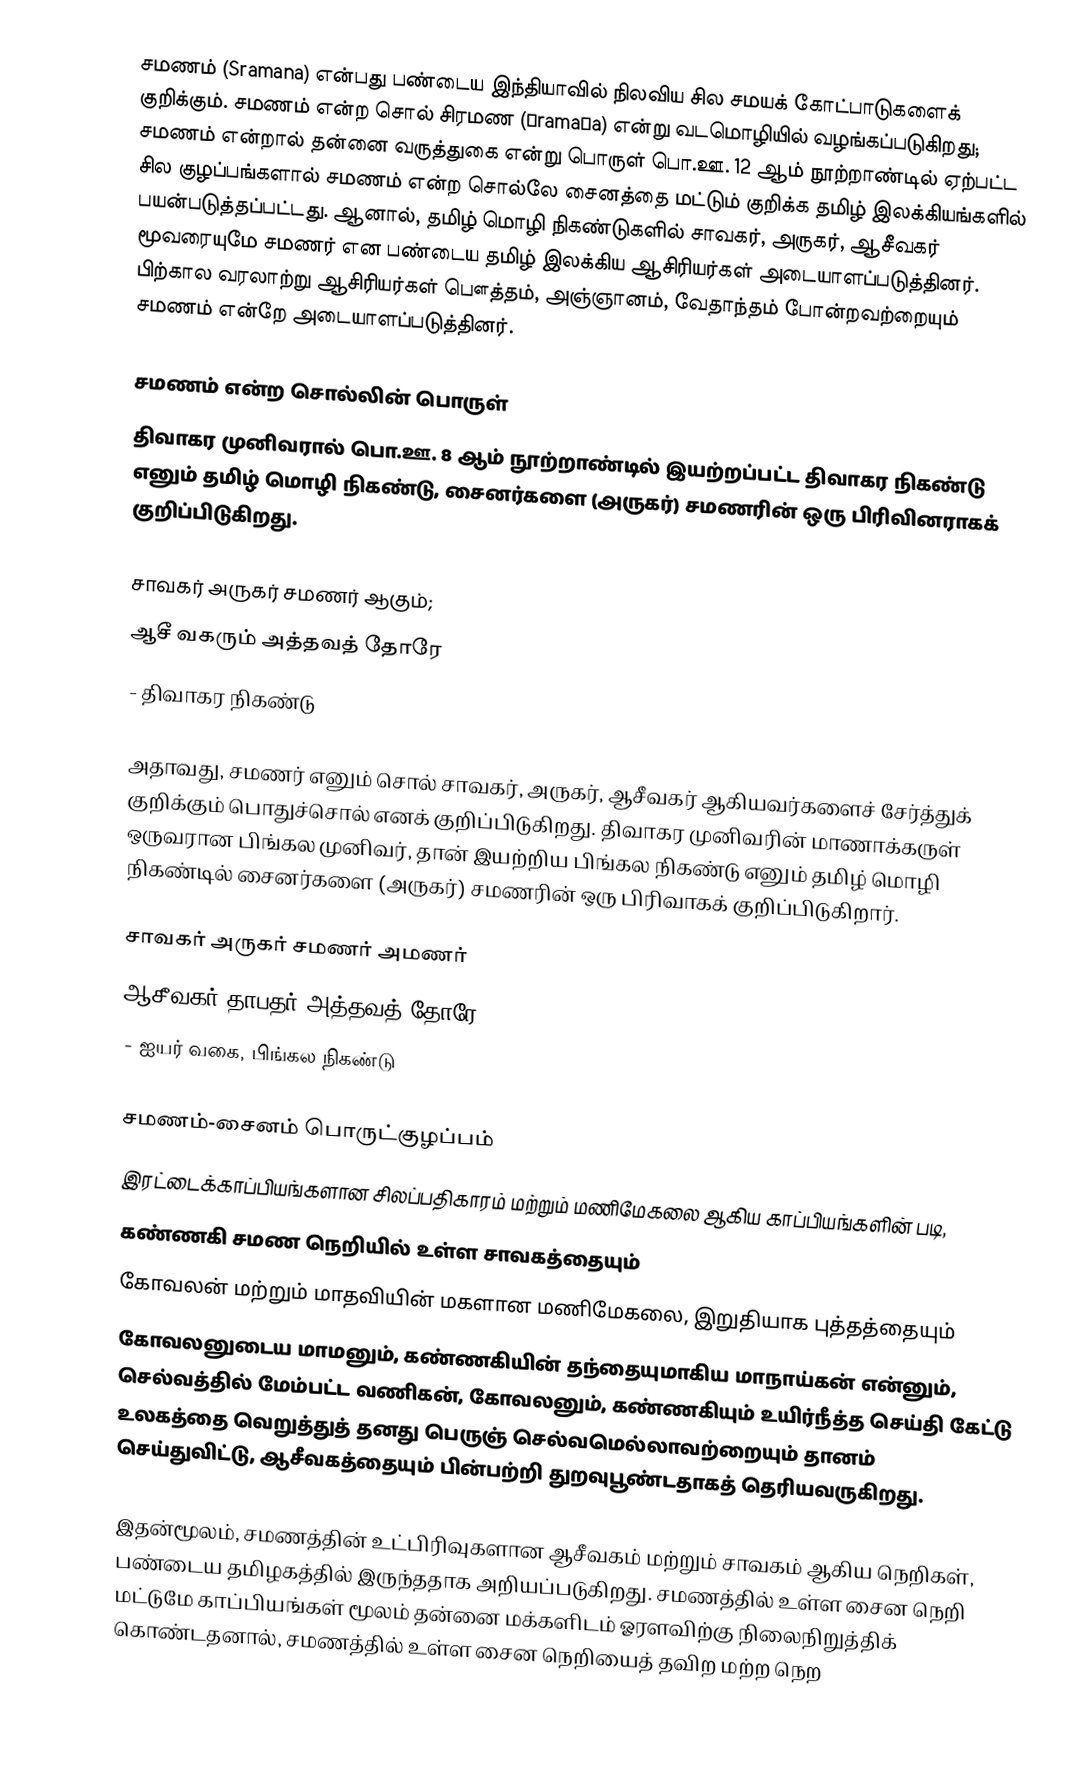
சமணம் (Sramana) என்பது பண்டைய இந்தியாவில் நிலவிய சில சமயக் கோட்பாடுகளைக் குறிக்கும். சமணம் என்ற சொல் சிரமண (śramaṇa) என்று வடமொழியில் வழங்கப்படுகிறது; சமணம் என்றால் தன்னை வருத்துகை என்று பொருள் பொ.ஊ. 12 ஆம் நூற்றாண்டில் ஏற்பட்ட சில குழப்பங்களால் சமணம் என்ற சொல்லே சைனத்தை மட்டும் குறிக்க தமிழ் இலக்கியங்களில் பயன்படுத்தப்பட்டது. ஆனால், தமிழ் மொழி நிகண்டுகளில் சாவகர், அருகர், ஆசீவகர் மூவரையுமே சமணர் என பண்டைய தமிழ் இலக்கிய ஆசிரியர்கள் அடையாளப்படுத்தினர். பிற்கால வரலாற்று ஆசிரியர்கள் பௌத்தம், அஞ்ஞானம், வேதாந்தம் போன்றவற்றையும் சமணம் என்றே அடையாளப்படுத்தினர்.

சமணம் என்ற சொல்லின் பொருள்
திவாகர முனிவரால் பொ.ஊ. 8 ஆம் நூற்றாண்டில் இயற்றப்பட்ட திவாகர நிகண்டு எனும் தமிழ் மொழி நிகண்டு, சைனர்களை (அருகர்) சமணரின் ஒரு பிரிவினராகக் குறிப்பிடுகிறது.

      சாவகர் அருகர் சமணர் ஆகும்;
      ஆசீ வகரும் அத்தவத் தோரே
                             - திவாகர நிகண்டு

அதாவது, சமணர் எனும் சொல் சாவகர், அருகர், ஆசீவகர் ஆகியவர்களைச் சேர்த்துக் குறிக்கும் பொதுச்சொல் எனக் குறிப்பிடுகிறது. திவாகர முனிவரின் மாணாக்கருள் ஒருவரான பிங்கல முனிவர், தான் இயற்றிய பிங்கல நிகண்டு எனும் தமிழ் மொழி நிகண்டில் சைனர்களை (அருகர்) சமணரின் ஒரு பிரிவாகக் குறிப்பிடுகிறார்.

      சாவகர் அருகர் சமணர் அமணர்
      ஆசீவகர் தாபதர் அத்தவத் தோரே
                             - ஐயர் வகை, பிங்கல நிகண்டு

சமணம்-சைனம் பொருட்குழப்பம்
இரட்டைக்காப்பியங்களான சிலப்பதிகாரம் மற்றும் மணிமேகலை ஆகிய காப்பியங்களின் படி,
 கண்ணகி சமண நெறியில் உள்ள சாவகத்தையும்
 கோவலன் மற்றும் மாதவியின் மகளான மணிமேகலை, இறுதியாக புத்தத்தையும்
 கோவலனுடைய மாமனும், கண்ணகியின் தந்தையுமாகிய மாநாய்கன் என்னும், செல்வத்தில் மேம்பட்ட வணிகன், கோவலனும், கண்ணகியும் உயிர்நீத்த செய்தி கேட்டு உலகத்தை வெறுத்துத் தனது பெருஞ் செல்வமெல்லாவற்றையும் தானம் செய்துவிட்டு, ஆசீவகத்தையும் பின்பற்றி துறவுபூண்டதாகத் தெரியவருகிறது.

இதன்மூலம், சமணத்தின் உட்பிரிவுகளான ஆசீவகம் மற்றும் சாவகம் ஆகிய நெறிகள், பண்டைய தமிழகத்தில் இருந்ததாக அறியப்படுகிறது. சமணத்தில் உள்ள சைன நெறி மட்டுமே காப்பியங்கள் மூலம் தன்னை மக்களிடம் ஓரளவிற்கு நிலைநிறுத்திக் கொண்டதனால், சமணத்தில் உள்ள சைன நெறியைத் தவிற மற்ற நெற